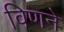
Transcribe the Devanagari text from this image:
विणने